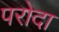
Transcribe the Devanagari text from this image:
परोदा